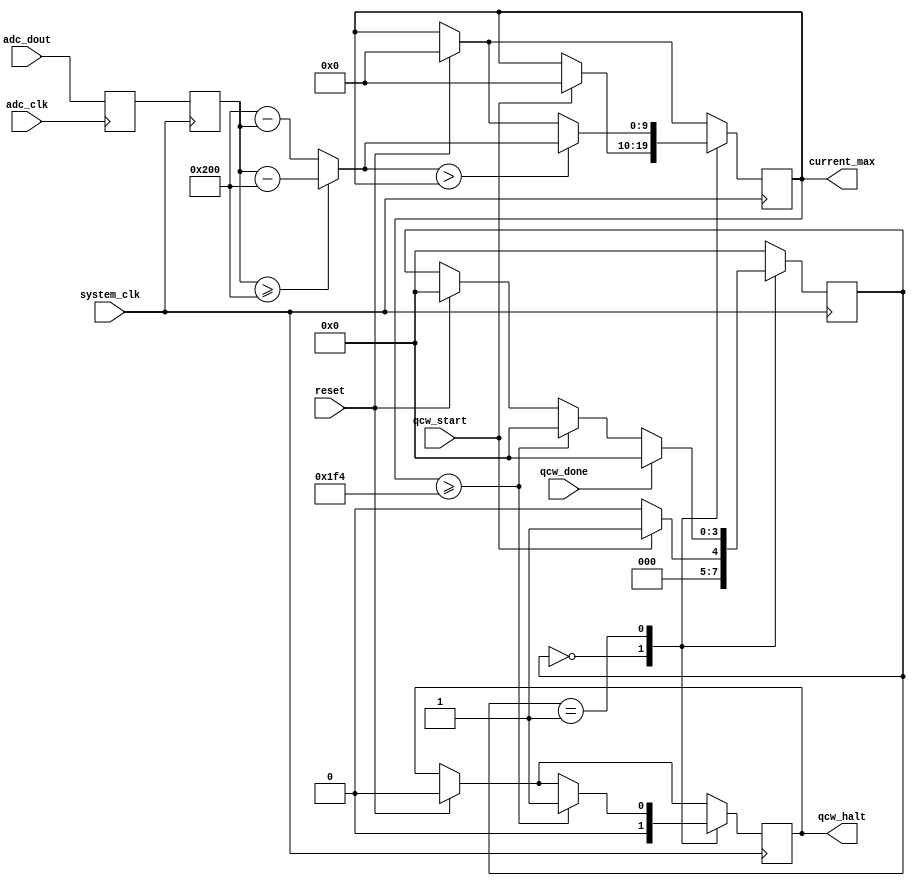
module qcw_ocd #(
	parameter OCD_LIMIT = 500
	)(
	input wire adc_clk,
	input wire system_clk, 
	input wire reset,
	input wire qcw_start,
	input wire qcw_done,
	input wire [9:0] adc_dout,
	output reg [9:0] current_max,
	output reg qcw_halt
	);

	localparam FSM_IDLE = 0;
	localparam FSM_RUN = 1;

	initial qcw_halt = 0;
	initial current_max = 0;

	reg [9:0] adc_latched_1;
	reg [9:0] adc_latched_2;

	reg [3:0] fsm_state = 0;

	wire [9:0] adc_abs = (adc_latched_2 >= 10'b10_0000_0000) ? adc_latched_2 - 10'b10_0000_0000 : 10'b10_0000_0000 - adc_latched_2;

	always@(posedge adc_clk) begin
		adc_latched_1 <= adc_dout;
	end

	always@(posedge system_clk) begin
		adc_latched_2 <= adc_latched_1;

		if (reset) begin
			qcw_halt <= 0;
			current_max <= 0;
			fsm_state <= 0;
		end

		case (fsm_state) 
			FSM_IDLE: begin
				qcw_halt <= 0;
				fsm_state <= qcw_start ? FSM_RUN : FSM_IDLE;
				current_max <= qcw_start ? 0 : current_max;
			end

			FSM_RUN: begin
				if (adc_abs > current_max) current_max <= adc_abs;
				if (current_max >= OCD_LIMIT) begin
					qcw_halt <= 1;
					fsm_state <= FSM_IDLE; 
				end
				if (qcw_done) fsm_state <= FSM_IDLE;
			end

			default: begin
				fsm_state <= FSM_IDLE;
			end
		endcase 
	end 
endmodule